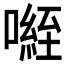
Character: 𭊾